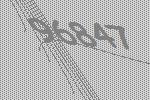
96847